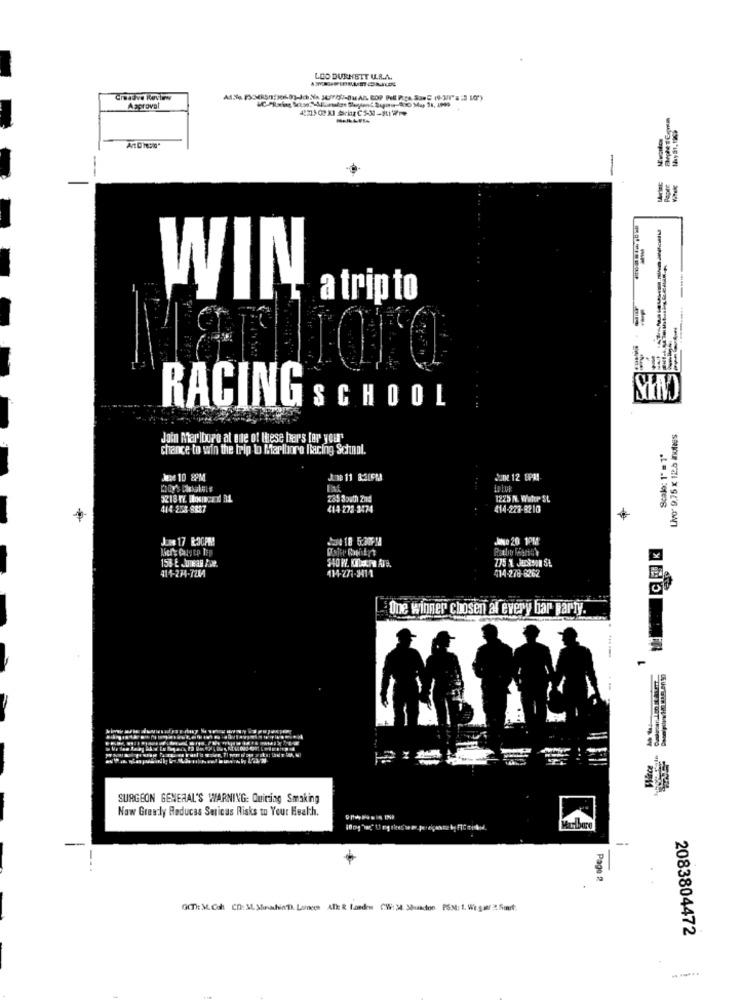
LOO DURHETT UL.R.A.
Approval
Nay 81,1966
-
WIN
a trip to
RACING
SCHOOL
Livo 9.75 x 12.5 indies
Join Marlboro at one of these bar's [ar your
chance to win the trip to Marlboro Racing Schnal.
Scale: 1" = 1'
Wee 10 8PM
En 12 8PM
1225 NL. Water SL
414-253-8887
(14 272-3474
414-223-8210
Jas 17 ROCPM!
JeNe 20 1PM
114-271-3411
414-274-721A
414-278-8262
One winner chosen af every bar party.
Wirce
SURGEON GENERAL'S WARNING: Quiring Smaking
Now Greatly Reduces Sericus Risks to Your Health.
Marlboro
-.
Page :
(T): M Con Cn: M. Sheodhin Loco AT: 2 fondos CW: 3 3Quados PSN: 1. Wh gar 3 Sort
2083804472